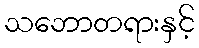
သဘောတရားနှင့်